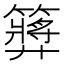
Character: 𥶝